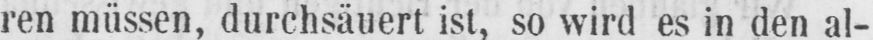
ren müssen, durchsäuert ist, so wird es in den al-